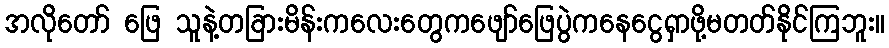
အလိုတော် ဖြေ သူနဲ့တခြားမိန်းကလေးတွေကဖျော်ဖြေပွဲကနေငွေရှာဖို့မတတ်နိုင်ကြဘူး။